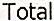
TOTAL